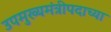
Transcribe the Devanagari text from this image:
उपमुख्यमंत्रीपदाच्या